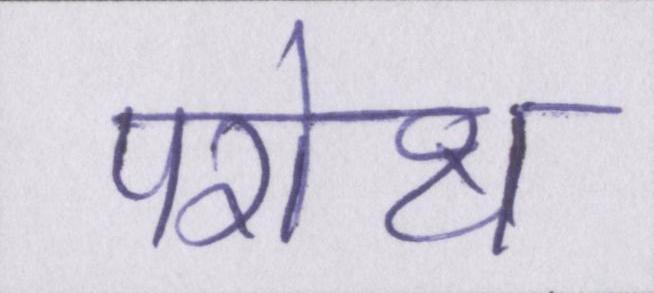
परोक्ष